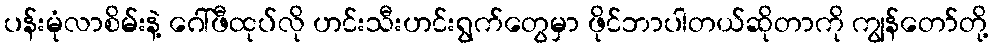
ပန်းမုံလာစိမ်းနဲ့ ဂေါ်ဖီထုပ်လို ဟင်းသီးဟင်းရွက်တွေမှာ ဖိုင်ဘာပါတယ်ဆိုတာကို ကျွန်တော်တို့